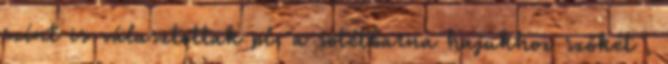
színt is választottak pl. a sötétbarna hajukhoz szőkét ,